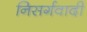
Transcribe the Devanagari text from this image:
निसर्गवादी